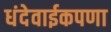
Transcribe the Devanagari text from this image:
धंदेवाईकपणा